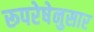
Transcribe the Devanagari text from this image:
रूपरेषेनुसार